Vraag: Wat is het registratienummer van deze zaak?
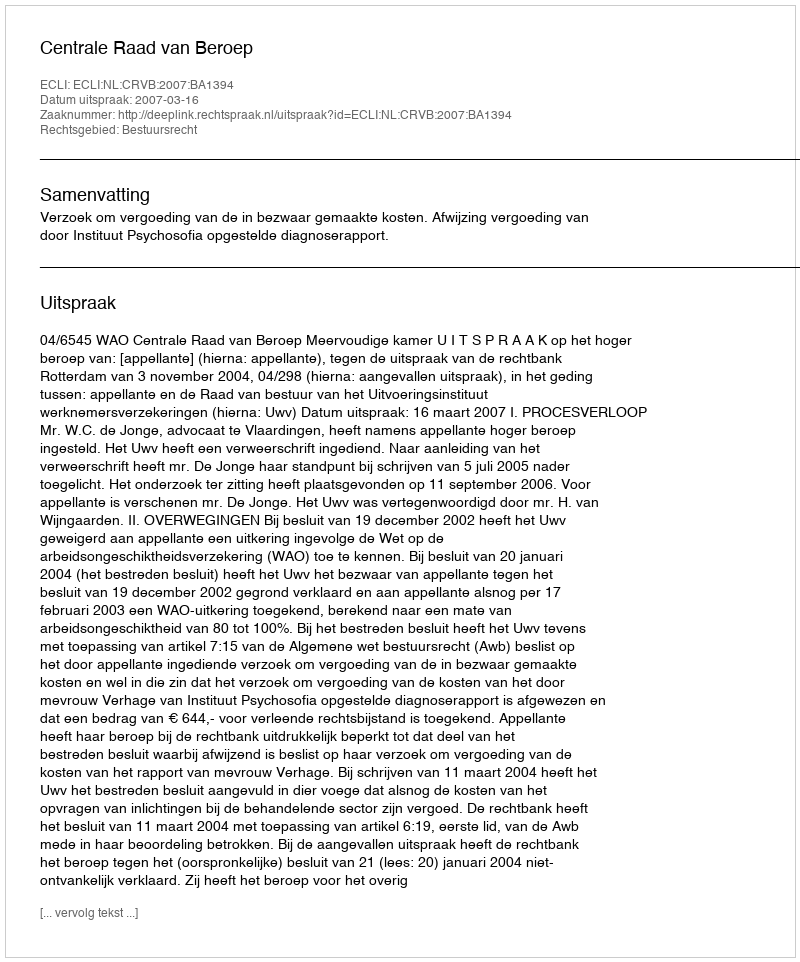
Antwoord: http://deeplink.rechtspraak.nl/uitspraak?id=ECLI:NL:CRVB:2007:BA1394